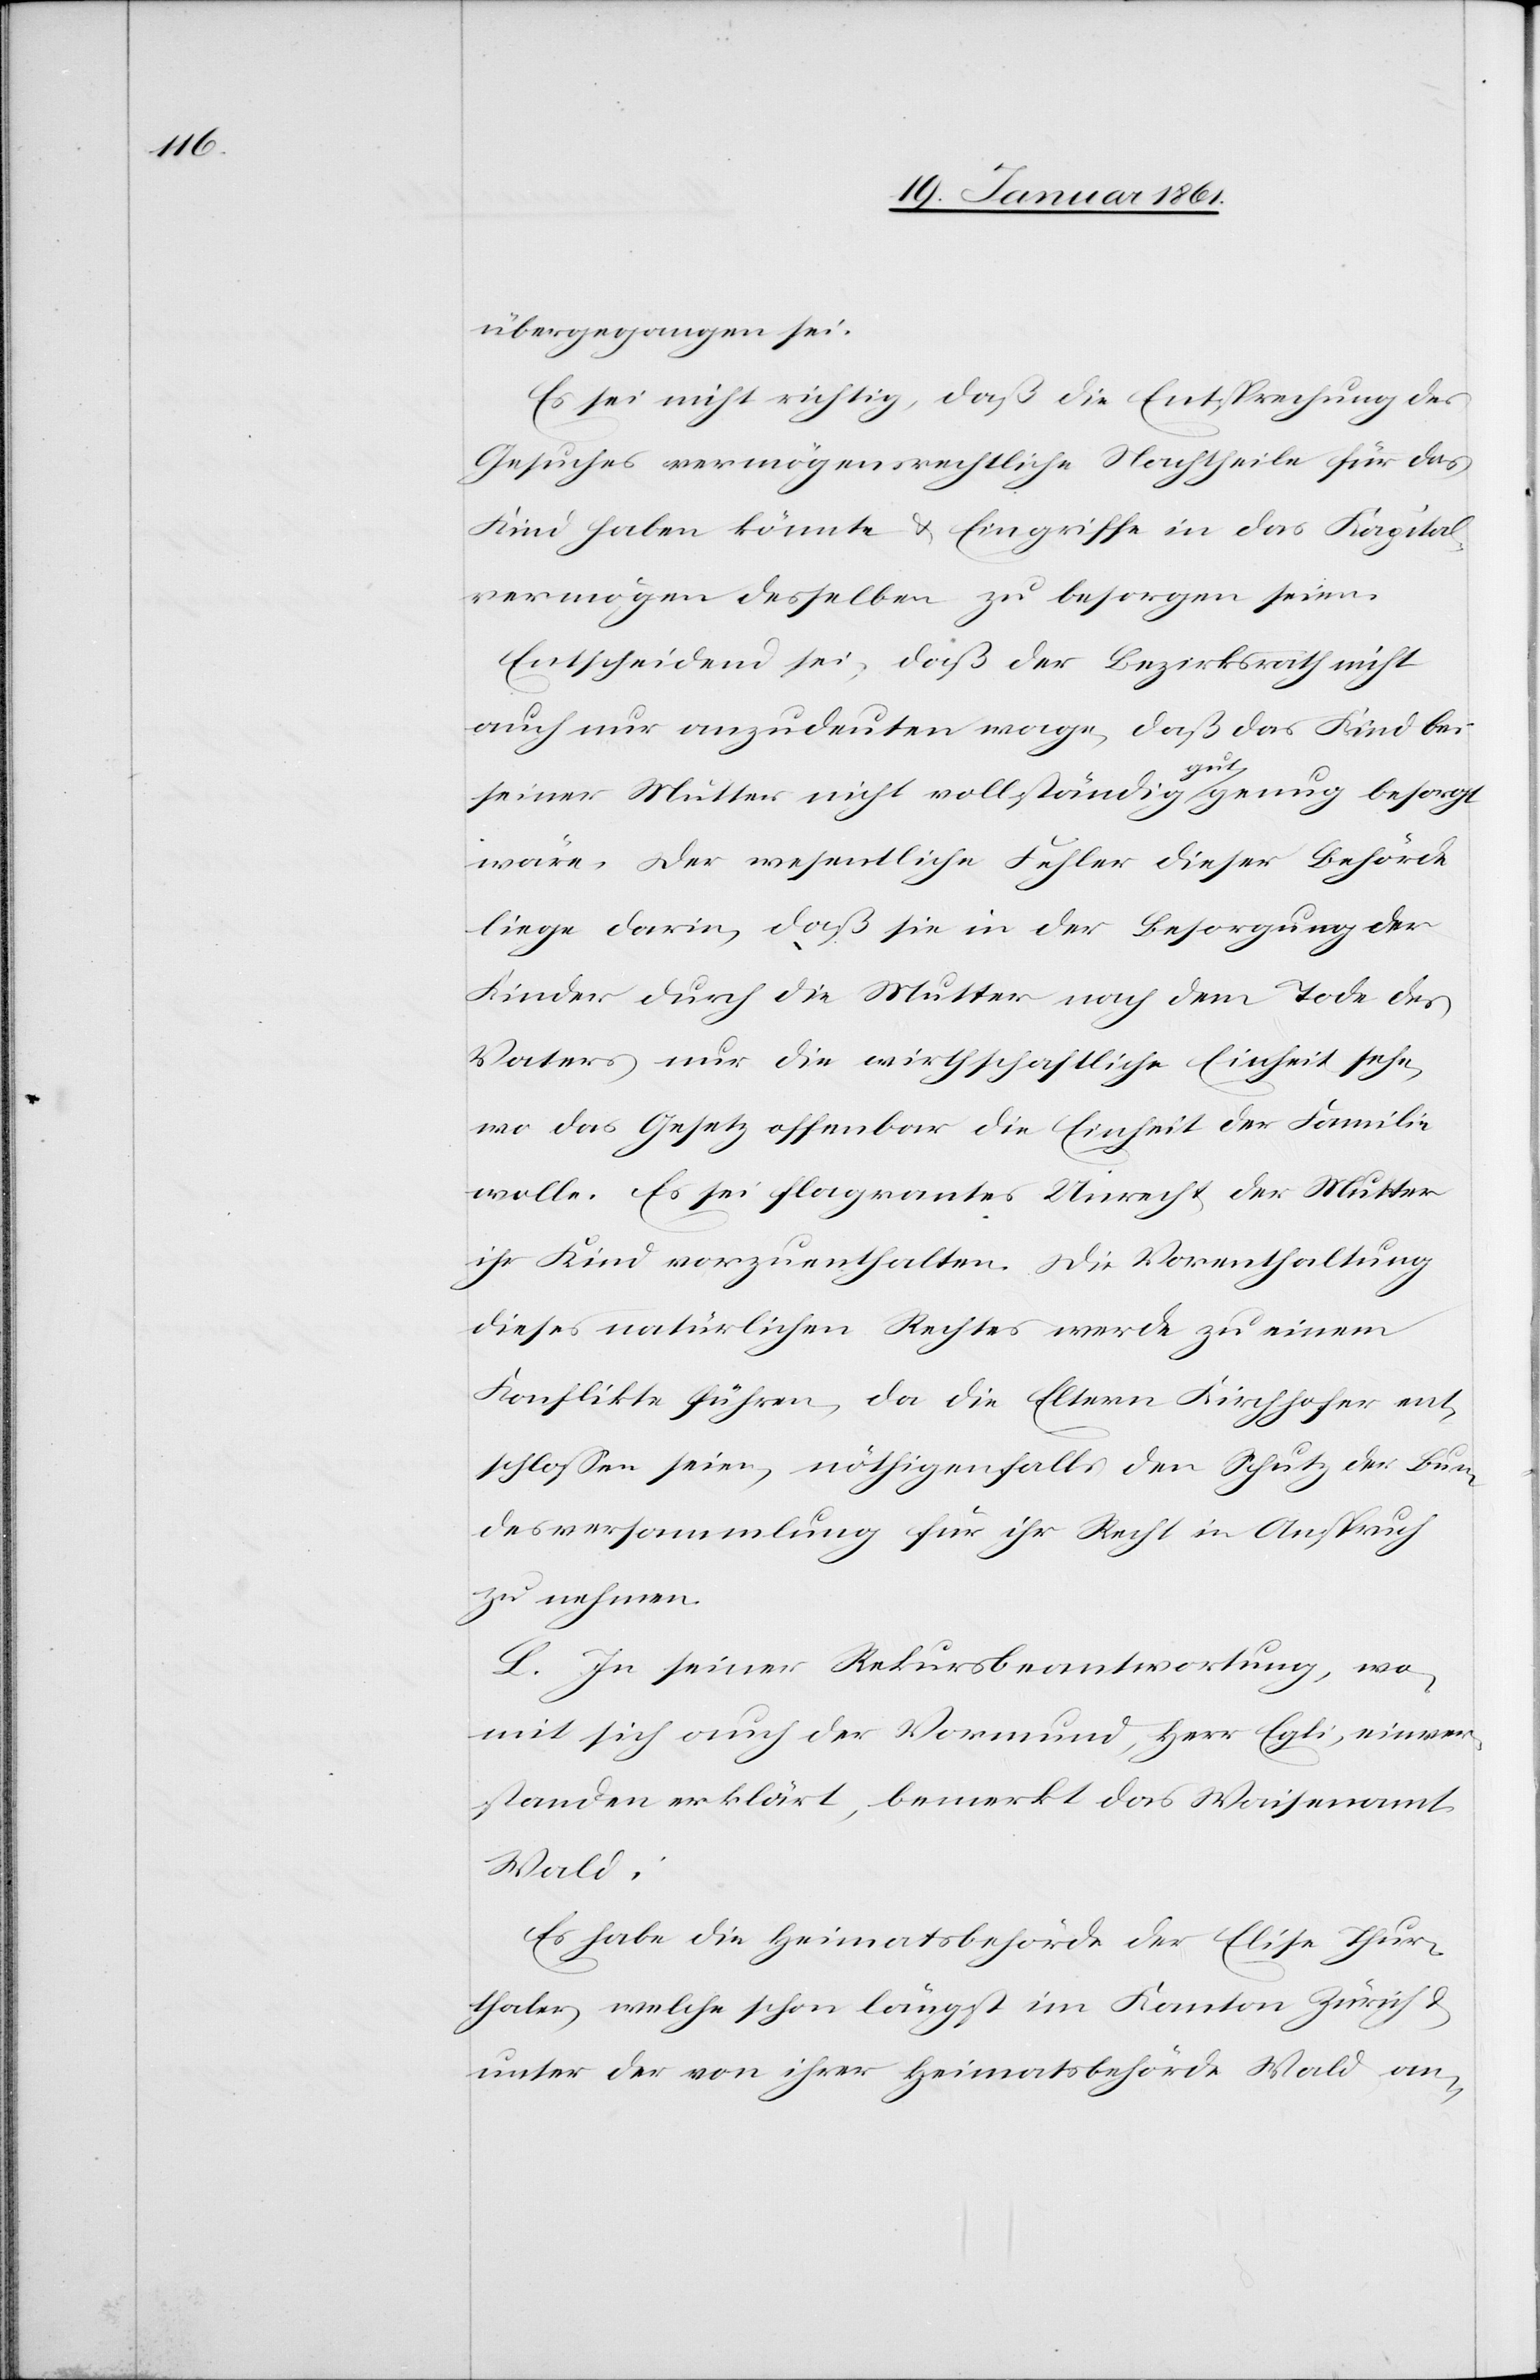
übergegangen sei.
Es sei nicht richtig, daß die Entsprechung des
Gesuches vermögensrechtliche Nachtheile für das
Kind haben könnte u. Eingriffe in das Kapital¬
vermögen desselben zu besorgen seien.
Entscheidend sei, daß der Bezirksrath nicht
auch nur anzudeuten wage, daß das Kind bei
gut
genug besorgt
seiner Mutter nicht vollständig
wäre. Der wesentliche Fehler dieser Behörde
liege darin, daß sie in der Besorgung der
Kinder durch die Mutter nach dem Tode des
Vaters nur die wirthschaftliche Einheit sehe,
wo das Gesetz offenbar die Einheit der Familie
wolle. Es sei flagrantes Unrecht der Mutter
ihr Kind vorzuenthalten. Die Vorenthaltung
dieses natürlichen Rechtes werde zu einem
Konflikte führen, da die Eltern Kirchhofer ent¬
schlossen seien, nöthigenfalls den Schutz der Bun¬
desversammlung für ihr Recht in Anspruch
zu nehmen.
L. In seiner Rekursbeantwortung, wo¬
mit sich auch der Vormund, Herr Egli, einver¬
standen erklärt, bemerkt das Waisenamt
Wald:
Es habe die Heimatsbehörde der Elise Thur¬
thaler, welche schon längst im Kanton Zürich u.
unter der von ihrer Heimatsbehörde Wald an-